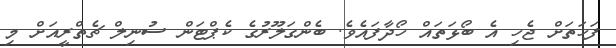
ފަހަތަށް ޖެހި އެ ބޯޅަތައް ހޯދާފައެވެ. ބެންގަލޫރުގެ ކެޕްޓަން ސުނިލް ޗެތްރީއަށް މި